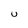
Character: U